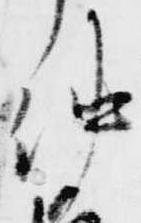
仲